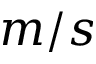
m / s